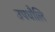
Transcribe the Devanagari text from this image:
उपधौलि